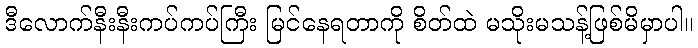
ဒီလောက်နီးနီးကပ်ကပ်ကြီး မြင်နေရတာကို စိတ်ထဲ မသိုးမသန့်ဖြစ်မိမှာပါ။